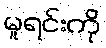
မူရင်းကို